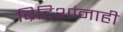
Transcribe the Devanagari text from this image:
ब्रिटिशांनाही